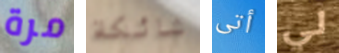
مرة شائكة أتى لي